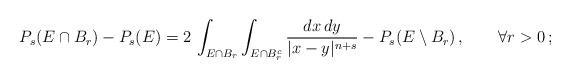
LaTeX: \begin{align*} P_s(E\cap B_r)-P_s(E)=2\,\int_{E\cap B_r}\int_{E\cap B_r^c}\frac{dx\,dy}{|x-y|^{n+s}}-P_s(E\setminus B_r)\,,\qquad\forall r>0\,; \end{align*}